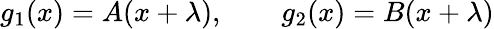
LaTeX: g_{1}(x)=A(x+\lambda),\qquad g_{2}(x)=B(x+\lambda)